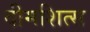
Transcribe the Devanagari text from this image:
दीमशित्स